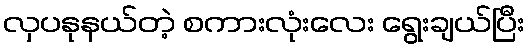
လှပနုနယ်တဲ့ စကားလုံးလေး ရွေးချယ်ပြီး